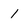
Character: 1